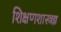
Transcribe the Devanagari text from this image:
शिक्षणशास्त्रज्ञ